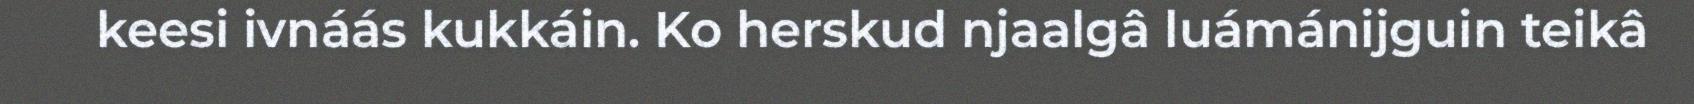
keesi ivnáás kukkáin. Ko herskud njaalgâ luámánijguin teikâ